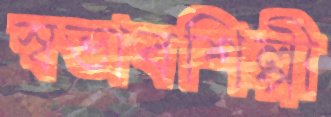
স্বভাবশিল্পী